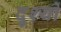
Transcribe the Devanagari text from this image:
दृ्श्यों